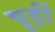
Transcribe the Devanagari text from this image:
चूड़ीं